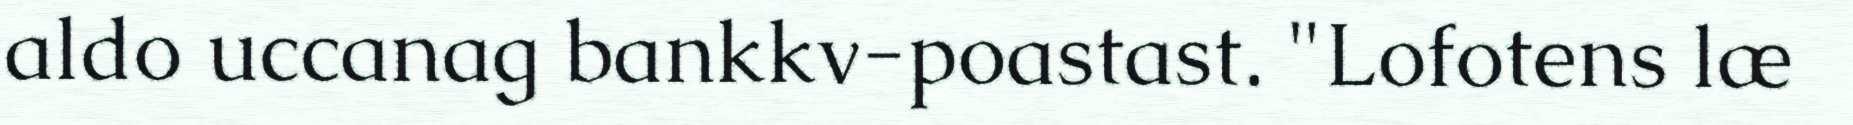
aldo uccanag bankkv-poastast. "Lofotens læ